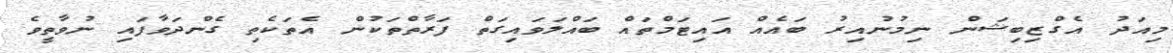
މިއަދު އެގްޒިބިޝަން ނިމުނުއިރު ބައެއް އައިޓަމްތައް ބައްލަވައިގަތް ފަރާތްތަކުން އެތަކެތި ގެންދަވާފައި ނުވާތީވެ